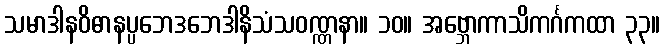
သမာဒါနဝိဓာနပ္ပဘေဒဘေဒါနိသံသဝဏ္ဏနာ။ ၁၀။ အဗ္ဘောကာသိကင်္ဂကထာ ၃၃။